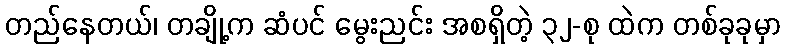
တည်နေတယ်၊ တချို့က ဆံပင် မွေးညင်း အစရှိတဲ့ ၃၂-စု ထဲက တစ်ခုခုမှာ